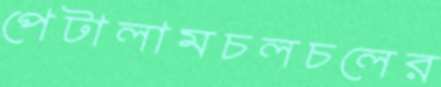
পেটালামচলচলের